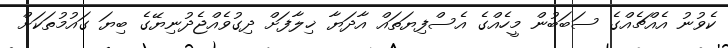
ކެވުނު އެއްޗެއްގެ ސަބަބުން މީހެއްގެ އެސްފިޔަތައް އާދަޔާ ޚިލާފަށް ދިގުވެއްޖެދުނިޔޭގެ ބިޔަ ގައުމުތަކަށް